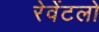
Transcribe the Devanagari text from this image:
रेवेंटलो